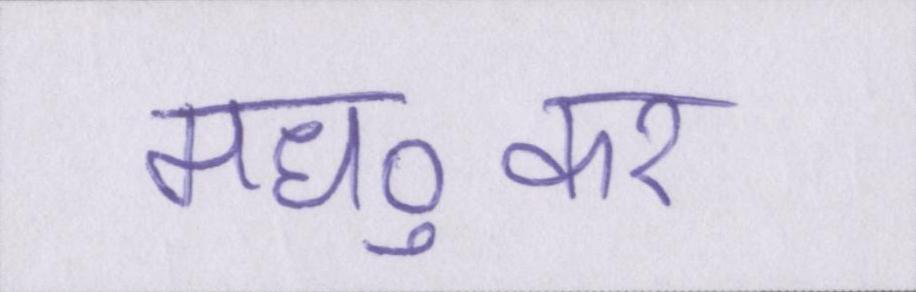
मध्ुकर